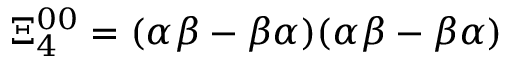
\Xi _ { 4 } ^ { 0 0 } = ( \alpha \beta - \beta \alpha ) ( \alpha \beta - \beta \alpha )